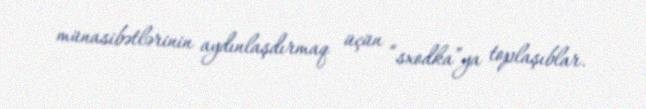
münasibətlərinin aydınlaşdırmaq üçün “sxodka”ya toplaşıblar.